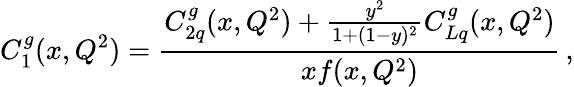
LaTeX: C_{1}^{g}(x,Q^{2})=\frac{C_{2q}^{g}(x,Q^{2})+\frac{y^{2}}{1+(1-y)^{2}}C_{Lq}^{g}(x,Q^{2})}{xf(x,Q^{2})}\, ,